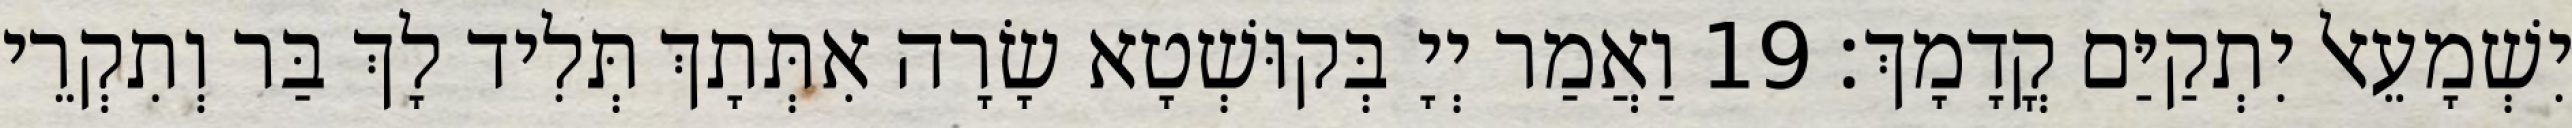
יִשְׁמָעֵאל יִתְקַיַּם קֳדָמָךְ׃ 19 וַאֲמַר יְיָ בְּקוּשְׁטָא שָׂרָה אִתְּתָךְ תְּלִיד לָךְ בַּר וְתִקְרֵי